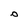
Character: O